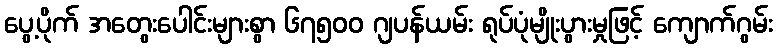
ပွေ့ပိုက် အတွေးပေါင်းများစွာ ၆၇၅၀၀ ဂျပန်ယမ်း ရုပ်ပုံမျိုးပွားမှုဖြင့် ကျောက်ဂွမ်း